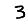
Digit: 3